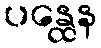
ပန္ထေန